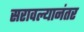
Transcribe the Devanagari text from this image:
सरावल्यानंतर